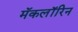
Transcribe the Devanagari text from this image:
मॅकलॉरिन